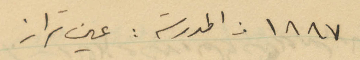
١٨٨٧ من المدرسة: عين تراز